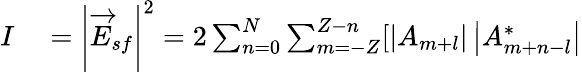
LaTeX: \begin{array}{rl}{I}&{{}=\left\vert\overrightarrow{E}_{sf}\right\vert^{2}=2\sum_{n=0}^{N}\sum_{m=-Z}^{Z-n}[\left\vert A_{m+l}\right\vert\left\vert A_{m+n-l}^{\ast}\right\vert}\end{array}